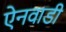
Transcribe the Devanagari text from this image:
ऐनवाडी